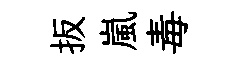
扳嵐毒